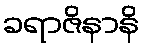
ခရာဇိနာနိ